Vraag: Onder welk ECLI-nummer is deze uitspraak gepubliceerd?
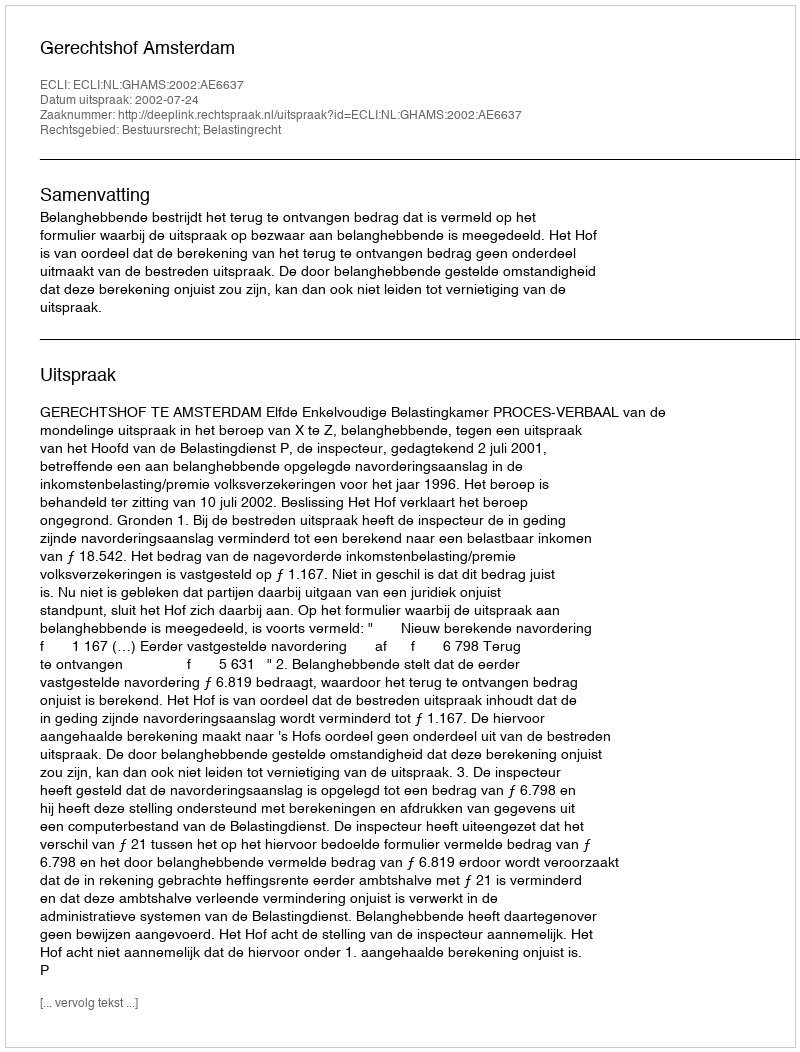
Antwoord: ECLI:NL:GHAMS:2002:AE6637